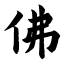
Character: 佛